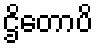
ဌိတောပိ